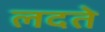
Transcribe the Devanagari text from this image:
लदते